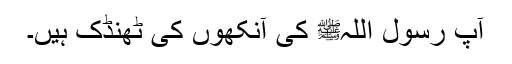
آپؓ رسول اللہﷺ کی آنکھوں کی ٹھنڈک ہیں۔